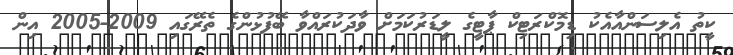
ކީތު އެލިސަންއާއެކު ޑިމޮކްރަޓިކް ޕާޓީގެ ލީޑަރުކަމަށް ވާދަކުރައްވާ ބޭފުޅުންގެ ތެރޭގައި 2009-2005 އިން